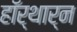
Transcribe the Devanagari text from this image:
हॉर्थार्न